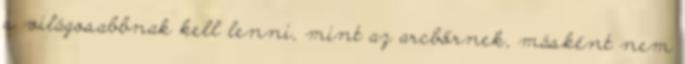
s világosabbnak kell lenni, mint az arcbőrnek, másként nem